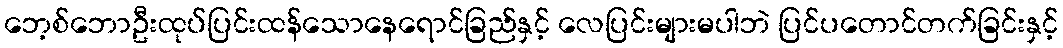
ဘေ့စ်ဘောဦးထုပ်ပြင်းထန်သောနေရောင်ခြည်နှင့် လေပြင်းများမပါဘဲ ပြင်ပတောင်တက်ခြင်းနှင့်